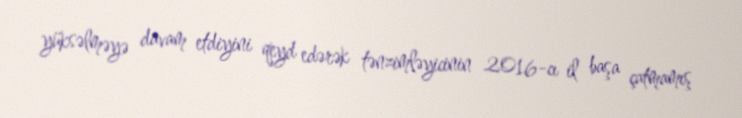
yüksəlməyə davam etdiyini qeyd edərək tənzimləyicinin 2016-cı il başa çatmamış